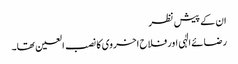
ان کے پیش نظر
رضائے الٰہی اور فلاح اخروی کا نصب العین تھا۔